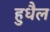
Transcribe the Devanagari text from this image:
हुधैल